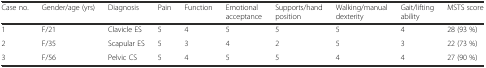
<table><thead><tr><td><b>Case no.</b></td><td><b>Gender/age (yrs)</b></td><td><b>Diagnosis</b></td><td><b>Pain</b></td><td><b>Function</b></td><td><b>Emotional acceptance</b></td><td><b>Supports/hand position</b></td><td><b>Walking/manual dexterity</b></td><td><b>Gait/lifting ability</b></td><td><b>MSTS score</b></td></tr></thead><tbody><tr><td>1</td><td>F/21</td><td>Clavicle ES</td><td>5</td><td>4</td><td>5</td><td>5</td><td>5</td><td>4</td><td>28 (93 %)</td></tr><tr><td>2</td><td>F/35</td><td>Scapular ES</td><td>5</td><td>3</td><td>4</td><td>2</td><td>5</td><td>3</td><td>22 (73 %)</td></tr><tr><td>3</td><td>F/56</td><td>Pelvic CS</td><td>5</td><td>4</td><td>5</td><td>5</td><td>4</td><td>4</td><td>27 (90 %)</td></tr></tbody></table>